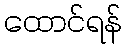
ထောင်ရန်